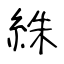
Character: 絑